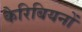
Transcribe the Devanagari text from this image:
कैरिबियनों